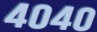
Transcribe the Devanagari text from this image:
४०४०